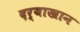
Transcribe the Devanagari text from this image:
दर्याखान